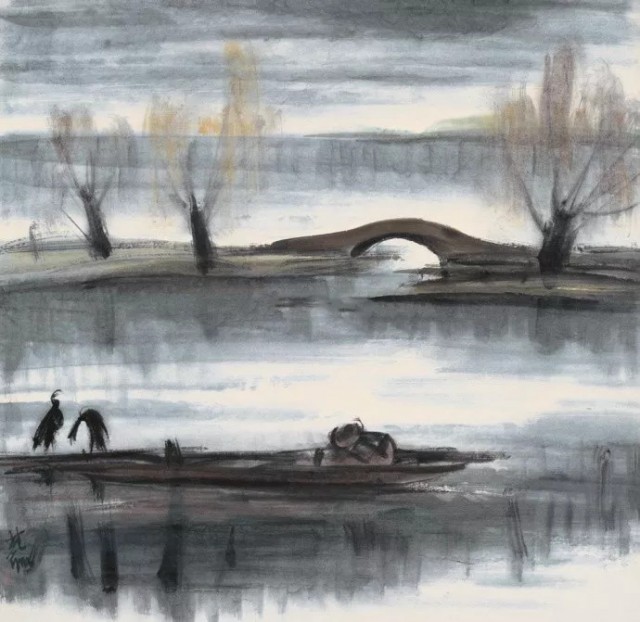
人生如寄，何事辛苦怨斜晖。